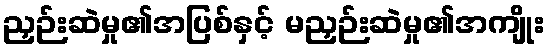
ညှဉ်းဆဲမှု၏အပြစ်နှင့် မညှဉ်းဆဲမှု၏အကျိုး